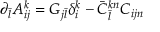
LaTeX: \partial _ { \bar { l } } A _ { i j } ^ { k } = G _ { j { \bar { l } } } \delta _ { i } ^ { k } - { \bar { C } } _ { \bar { l } } ^ { k n } C _ { i j n }